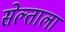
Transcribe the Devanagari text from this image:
सेल्ताला